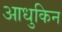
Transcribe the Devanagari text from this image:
आधुकिन